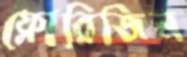
ফ্লোরিজিন